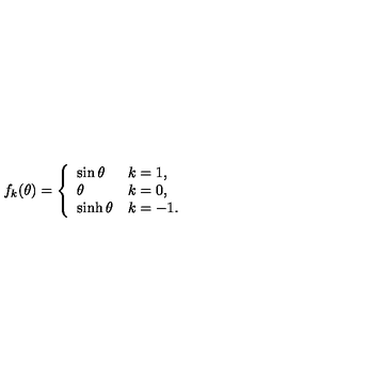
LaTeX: f _ { k } ( \theta ) = \left\{ \begin{array} { l l } { \sin \theta } & { k = 1 , } \\ { \theta } & { k = 0 , } \\ { \sinh \theta } & { k = - 1 . } \\ \end{array} \right.